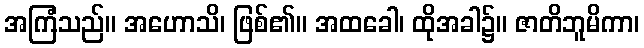
အကြံသည်။ အဟောသိ၊ ဖြစ်၏။ အထခေါ၊ ထိုအခါ၌။ ဇာတိဘူမိကာ၊